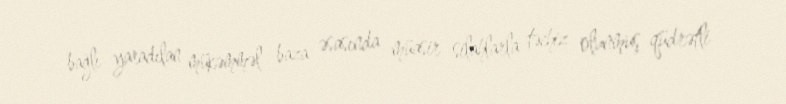
bağlı yaradılan mükəmməl baza əsasında müasir silahlarla təchiz olunmuş qüdrətli